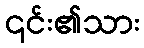
၎င်း၏သား